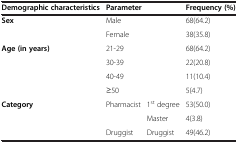
| Demographic characteristics | <COLSPAN=2> Parameter | Frequency (%) |
 | --- | --- | --- | --- |
 | <ROWSPAN=2> Sex | <COLSPAN=2> Male | 68(64.2) |
 | <COLSPAN=2> Female | 38(35.8) |
 | <ROWSPAN=4> Age (in years) | <COLSPAN=2> 21-29 | 68(64.2) |
 | <COLSPAN=2> 30-39 | 22(20.8) |
 | <COLSPAN=2> 40-49 | 11(10.4) |
 | <COLSPAN=2> ≥50 | 5(4.7) |
 | <ROWSPAN=3> Category | <ROWSPAN=2> Pharmacist | 1st degree | 53(50.0) |
 | Master | 4(3.8) |
 | Druggist | Druggist | 49(46.2) |